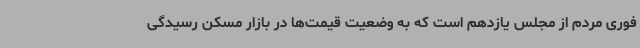
فوری مردم از مجلس یازدهم است که به وضعیت قیمت‌ها در بازار مسکن رسیدگی